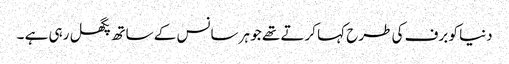
دنیا کو برف کی طرح کہا کرتے تھے جو ہر سانس کے ساتھ پگھل رہی ہے ۔